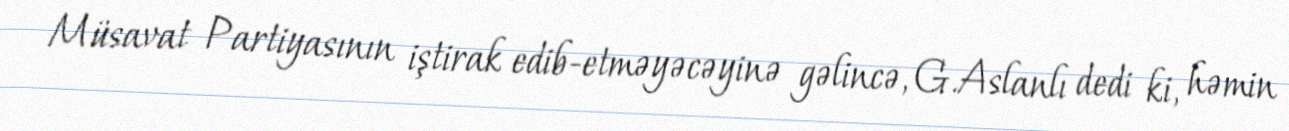
Müsavat Partiyasının iştirak edib-etməyəcəyinə gəlincə, G.Aslanlı dedi ki, həmin